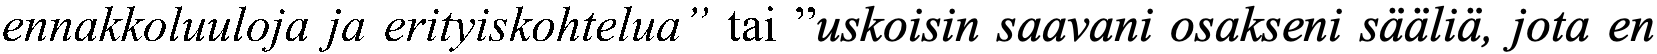
ennakkoluuloja ja erityiskohtelua” tai ”uskoisin saavani osakseni sääliä, jota en